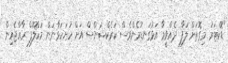
"ޑޮކްޓަރު މިގޮތަށް ލަފާ ދެއްވީމާ އަޅުގަނޑުމެންވެސް ކަރެކްޝަންސް އަށް ހުށަހަޅާނަން މަހްލޫފް ރާއްޖެއިން